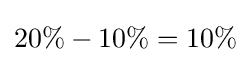
20\%-10\%=10\%